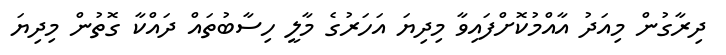
ދިރާގުން މިއަދު އާއްމުކޮށްފައިވާ މިދިޔަ އަހަރުގެ މާލީ ހިސާބުތައް ދައްކާ ގޮތުން މިދިޔަ